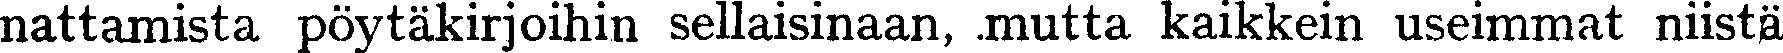
nattamista pöytäkirjoihin sellaisinaan, mutta kaikkein useimmat niistä